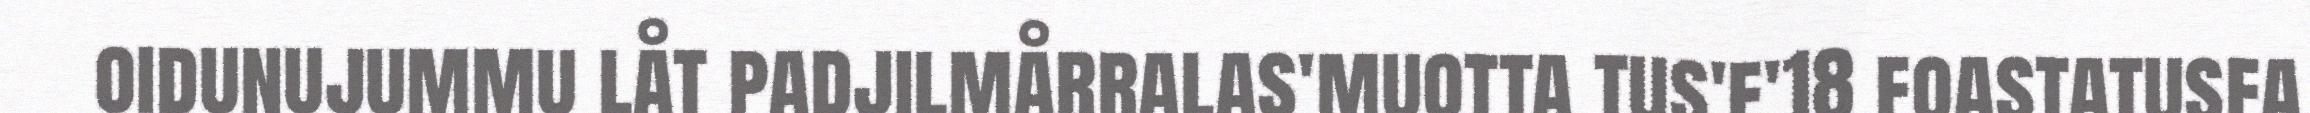
oidunujummu låt padjilmårralas'muotta tus'f'18 foastatusfa